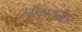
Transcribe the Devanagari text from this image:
स्वीकारानंतर